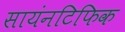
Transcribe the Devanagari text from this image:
सायंनटिफिक